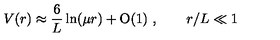
V ( r ) \approx \frac { 6 } { L } \ln ( \mu r ) + \mathrm { O } ( 1 ) \ , \qquad r / L \ll 1